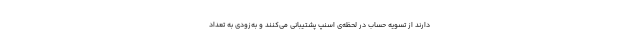
دارند از تسویه حساب در لحظه‌ی اسنپ پشتیبانی می‌کنند و به‌زودی به تعداد